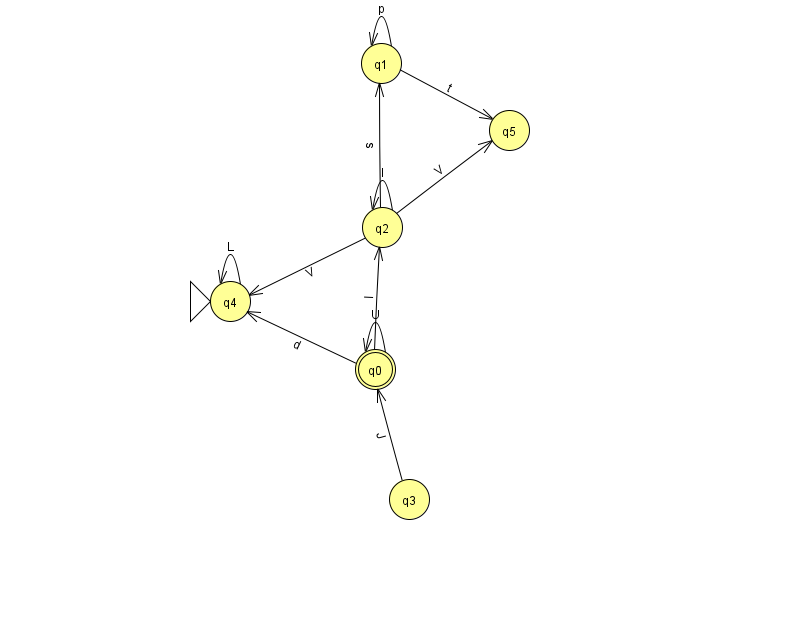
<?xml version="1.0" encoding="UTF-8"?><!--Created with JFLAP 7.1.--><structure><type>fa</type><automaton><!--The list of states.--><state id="0" name="q0"><x>375.0</x><y>356.0</y><final/></state><state id="1" name="q1"><x>381.0</x><y>50.0</y></state><state id="2" name="q2"><x>382.0</x><y>214.0</y></state><state id="3" name="q3"><x>409.0</x><y>486.0</y></state><state id="4" name="q4"><x>230.0</x><y>288.0</y><initial/></state><state id="5" name="q5"><x>509.0</x><y>117.0</y></state><!--The list of transitions.--><transition><from>1</from><to>1</to><read>p</read></transition><transition><from>0</from><to>0</to><read>U</read></transition><transition><from>3</from><to>0</to><read>J</read></transition><transition><from>2</from><to>5</to><read>V</read></transition><transition><from>0</from><to>2</to><read>l</read></transition><transition><from>2</from><to>1</to><read>s</read></transition><transition><from>2</from><to>4</to><read>V</read></transition><transition><from>0</from><to>4</to><read>d</read></transition><transition><from>2</from><to>2</to><read>l</read></transition><transition><from>4</from><to>4</to><read>L</read></transition><transition><from>1</from><to>5</to><read>t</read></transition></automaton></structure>